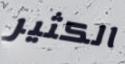
الكثير